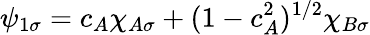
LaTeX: \psi_{1\sigma}=c_{A}\chi_{A\sigma}+(1-c_{A}^{2})^{1/2}\chi_{B\sigma}